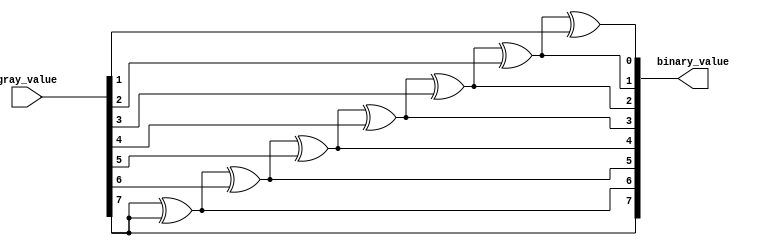
module gray_to_binary #(
    parameter BIT_WIDTH = 8
) (
    input   [BIT_WIDTH-1:0] gray_value,
    output  [BIT_WIDTH-1:0] binary_value
);

assign  binary_value[BIT_WIDTH-1] = gray_value[BIT_WIDTH-1];

generate
    genvar i;
    for ( i = 0; i < BIT_WIDTH-1 ; i = i + 1 ) begin
        assign binary_value[i] = binary_value[i+1] ^ gray_value[i+1];
    end
endgenerate



endmodule